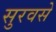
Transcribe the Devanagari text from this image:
सुरवसे